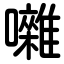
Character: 囃